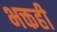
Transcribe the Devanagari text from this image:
भक्तही